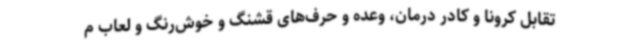
تقابل کرونا و کادر درمان، وعده‌ و حرف‌های قشنگ و خوش‌رنگ و لعاب م